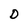
Character: D